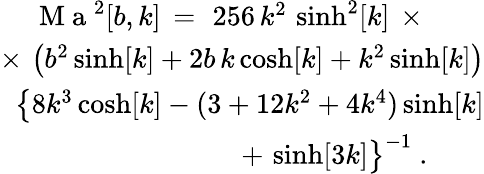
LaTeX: \begin{array}{r}{\mathrm{~M~a~}^{2}[b,k]\, =\, \, 256\, k^{2}\, \sinh^{2}[k]\, \times\, \qquad}\\ {\times\, \left(b^{2}\sinh[k]+2b\, k\cosh[k]+k^{2}\sinh[k]\right)}\\ {\, \big\{ 8k^{3}\cosh[k]-(3+12k^{2}+4k^{4})\sinh[k]}\\ {+\, \sinh[3k]\big\} ^{-1}\ .\qquad}\end{array}